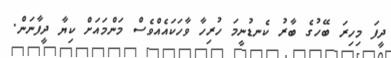
ދީފަ މިހިރަ ބޭހުގެ ބާރު ކެނޑުނީމަ ހުރިހާ ވާހަކައެއްވެސް މަންމައަށް ކިޔާ ދީފާނަން.